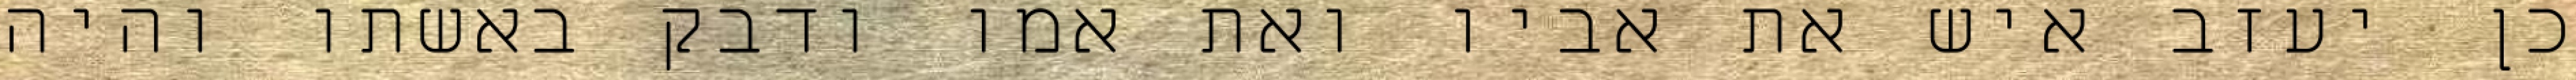
כן יעזב איש את אביו ואת אמו ודבק באשתו והיה